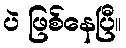
ပဲ ဖြစ်နေပြီ။